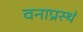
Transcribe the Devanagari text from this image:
वनाप्रस्थं